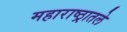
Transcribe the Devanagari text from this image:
महाराष्ठ्रातले